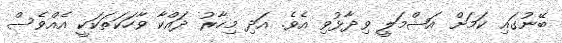
ބޭނުގައި ކަމަށް އަޝްމަލީ ވިދާޅުވި އެވެ. އަދި މިހާރު ދައްކާ ވާހަކަތަކަކީ އެއްވެސް